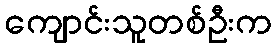
ကျောင်းသူတစ်ဦးက